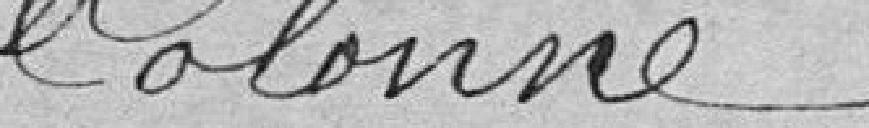
colonne.